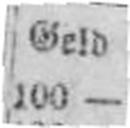
100 —